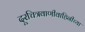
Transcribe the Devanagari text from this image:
दूरचित्रवाणीवाहिनीच्या